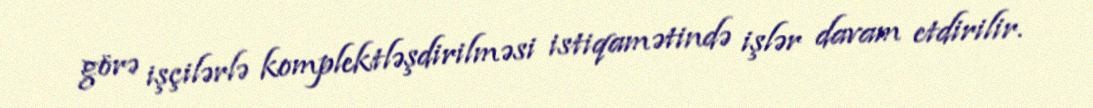
görə işçilərlə komplektləşdirilməsi istiqamətində işlər davam etdirilir.